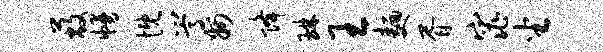
蔽幔慨嵩州降琳王面胥窕坐